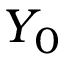
Y _ { 0 }